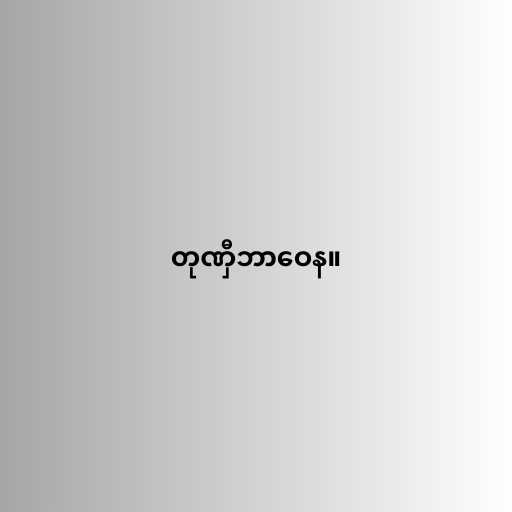
တုဏှီဘာဝေန။